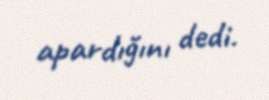
apardığını dedi.